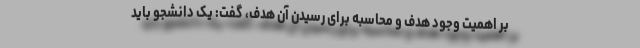
بر اهمیت وجود هدف و محاسبه برای رسیدن آن هدف، گفت: یک دانشجو باید